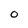
Character: O